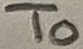
Text: To